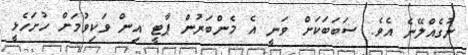
ނުގެއްލޭނެ އެވެ. ސަބަބަކަށް ވަނީ އެ މެންބަރުން ޕާޓީ އިން ވަކިވުމަށް ހުށަހެޅީ